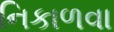
નિકાળવા